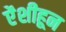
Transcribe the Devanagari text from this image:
ऐंशीहून